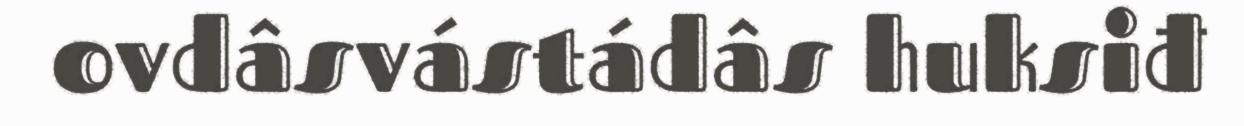
ovdâsvástádâs huksiđ